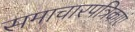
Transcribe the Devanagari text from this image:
समाचारपत्रिकाएं